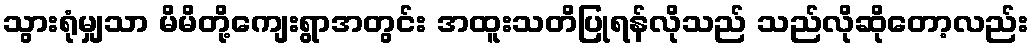
သွားရုံမျှသာ မိမိတို့ကျေးရွာအတွင်း အထူးသတိပြုရန်လိုသည် သည်လိုဆိုတော့လည်း